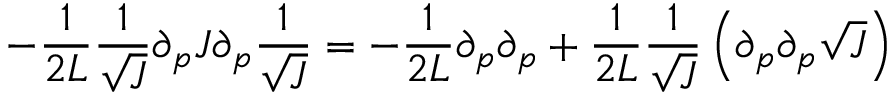
- \frac { 1 } { 2 L } \frac { 1 } { \sqrt { J } } \partial _ { p } J \partial _ { p } \frac { 1 } { \sqrt { J } } = - \frac { 1 } { 2 L } \partial _ { p } \partial _ { p } + \frac { 1 } { 2 L } \frac { 1 } { \sqrt { J } } \left( \partial _ { p } \partial _ { p } \sqrt { J } \right)